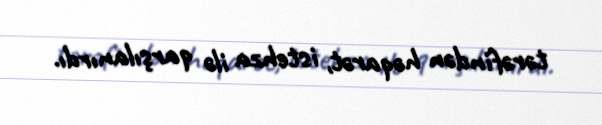
tərəfindən həqarət, istehza ilə qarşılanırdı.